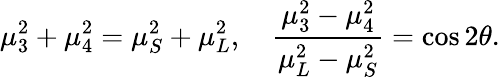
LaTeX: \mu_{3}^{2}+\mu_{4}^{2}=\mu_{S}^{2}+\mu_{L}^{2},\quad\frac{\mu_{3}^{2}-\mu_{4}^{2}}{\mu_{L}^{2}-\mu_{S}^{2}}={\cos 2\theta}.